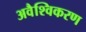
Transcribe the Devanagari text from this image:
अवैश्विकरण